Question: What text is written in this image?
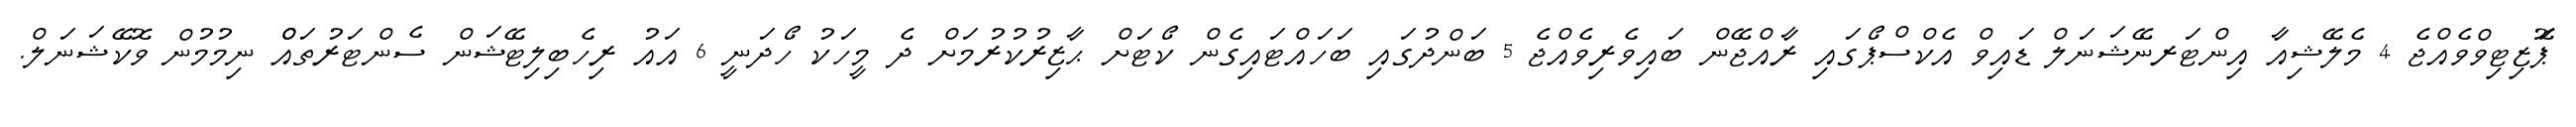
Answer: ޕަޮޒިޓިވްވެއްޖެ 4 މެލޭޝިއާ އިންޓަރނޭޝަނަލް ޑައިވް އެކްސްޕޯގައި ރާއްޖޭން ބައިވެރިވެއްޖެ 5 ބަންދުގައި ބަހައްޓައިގެން ކޯޓަށް ޙާޒިރުކުރުމަށް ދެ މީހަކު ހޯދަނީ 6 އައު ރިހެބިލިޓޭޝަން ސެންޓަރުތައްް ނިމުމުން ވޮކޭޝަނަލް.